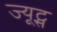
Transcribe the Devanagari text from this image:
ज्यूट्स